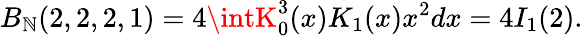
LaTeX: B_{\mathbb{N}}(2,2,2,1)=4\intK_{0}^{3}(x)K_{1}(x)x^{2}dx=4I_{1}(2).